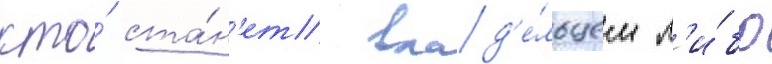
кто́ ста́н'ет влад'е́льцем л'и́бо